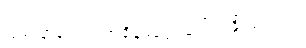
ပြဿနာတွေက အချိန်မရွေး ပေါ်လာနိုင်ပါတယ်။